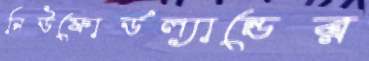
নিউফোর্ডল্যান্ডের